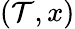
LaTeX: (\mathcal{T},x)